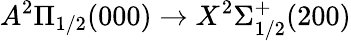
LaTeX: A^{2}\Pi_{1/2}(000)\rightarrow X^{2}\Sigma_{1/2}^{+}(200)